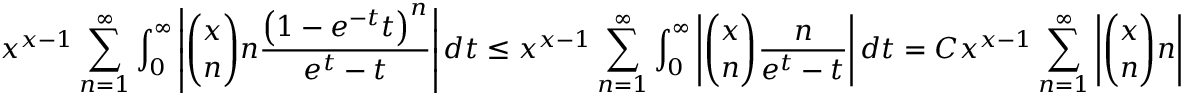
x ^ { x - 1 } \sum _ { n = 1 } ^ { \infty } \int _ { 0 } ^ { \infty } \left| \binom { x } { n } n \frac { \left( 1 - e ^ { - t } t \right) ^ { n } } { e ^ { t } - t } \right| d t \le x ^ { x - 1 } \sum _ { n = 1 } ^ { \infty } \int _ { 0 } ^ { \infty } \left| \binom { x } { n } \frac { n } { e ^ { t } - t } \right| d t = C x ^ { x - 1 } \sum _ { n = 1 } ^ { \infty } \left| \binom { x } { n } n \right|